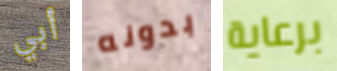
أبي بدونه برعاية